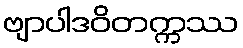
ဗျာပါဒဝိတက္ကဿ